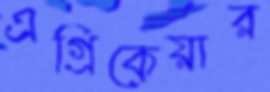
এগ্রিকেয়ার